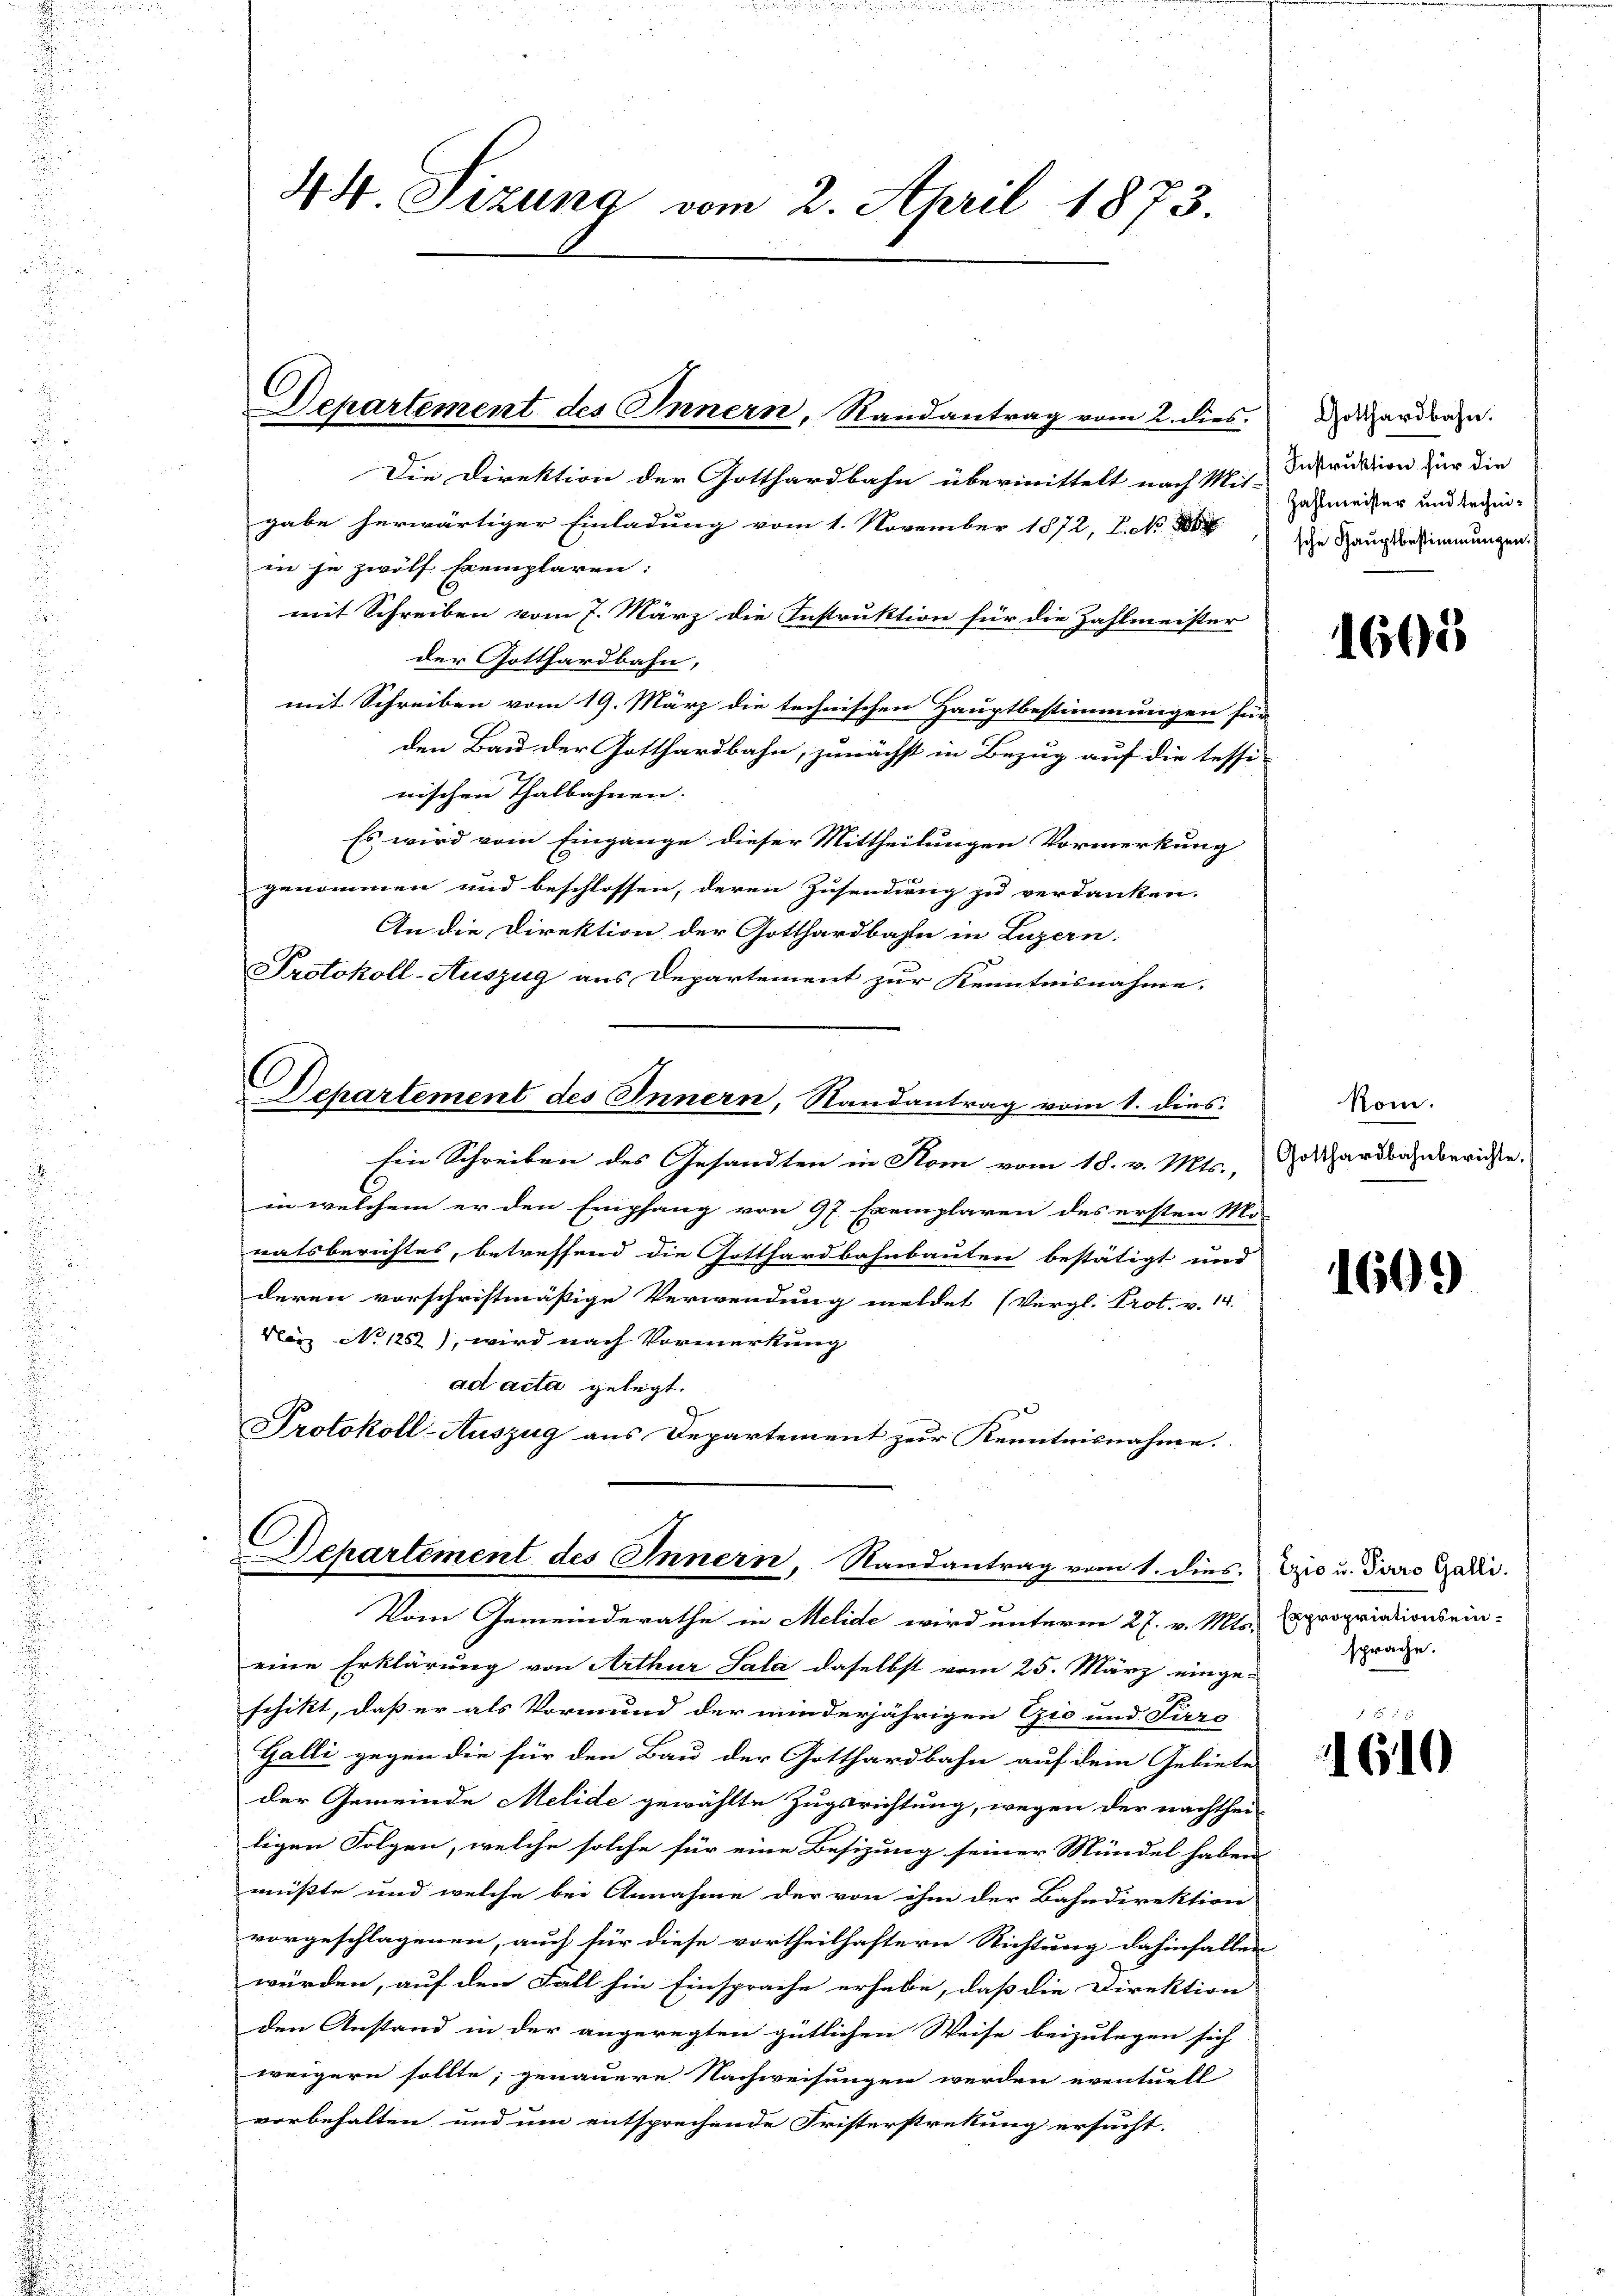
44 Sizung vom 2. April 1873

Departement des Innern, Randantrag vom 2. dies

C
Departement des Innern, Randantrag vom 1. dies

Die Direktion der Gotthardbahn übermittelt nach Mit-
gabe herwärtiger Einladung vom 1. November 1872, S. No 8
in je zwölf Exemplaren:
mit Schreiben vom 7. März die Instruktion für die Zahlmeister
der Gotthardbahn,
mit Schreiben vom 19. März die technischen Hauptbestimmungen für
den Bau der Gotthardbahn, zunächst in Bezug auf die tessi-
nischen Thalbahnen. |
Es wird vom Eingange dieser Mittheilungen Vormerkung
genommen und beschlossen, deren Zusendung zu verdanken.
An die Direktion der Gotthardbahn in Luzern.
Protokoll-Auszug aus Departement zur Kenntnisnahme,
Ein Schreiben des Gesandten in Rom vom 18. v. Mts.,
in welchem er den Empfang von 97 Exemplaren des ersten Mo-
natsberichtes, betreffend die Gotthardbahnbauten bestätigt und
deren vorschriftmäßige Verwendung meldet (Vergl. Prot. v. 14.
März No 1252), wird nach Vormerkung
ad acta gelegt.
Protokoll-Auszug aus Departement zur Kenntnisnahme.
Departement des Innern, Randantrag vom 1. dies
Vom Gemeinderathe in Melide wird unterm 27. v. Mts.
eine Erklärung von Arthur Sala daselbst vom 25. März einge-
schikt, daß er als Vormund der minderjährigen Gić und Tierg
Galli gegen die für den Bau der Gotthardbahn auf dem Gebiete
der Gemeinde Melide gewählte Zugsrichtung, wegen der nachthei-
ligen Folgen, welche solche für eine Besizung seiner Mündel haben
müßte und welche bei Annahme der von ihm der Bahndirektion
vorgeschlagenen, auch für diese vortheilhaftern Richtung dahinfallen
würden, auf den Fall hin Einsprache erhebe, daß die Direktion
den Anstand in der angeregten gütlichen Weise beizulegen sich
weigern sollte, genauere Nachweisungen werden eventuell
vorbehalten und um entsprechende Fristerstretung ersucht.

Gotthardbahn.
Instruktion für die
Zahlmeister und technische Hauptbestimmungen.

1605

Rom.
Gotthardbahnberichte.

1609

Ezio u. Perro Galli.
Expropriationsein.
sprache.

1610